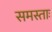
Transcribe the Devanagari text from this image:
समस्ताः